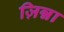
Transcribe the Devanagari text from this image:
ज़िन्ना